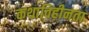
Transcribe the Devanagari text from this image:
कथाविहीनता